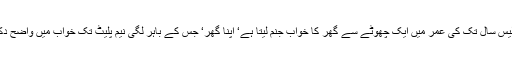
پینتیس سے چالیس سال تک کی عمر میں ایک چھوٹے سے گھر کا خواب جنم لیتا ہے‘ اپنا گھر‘ جس کے باہر لگی نیم پلیٹ تک خواب میں واضح دکھائی دیتی ہے۔